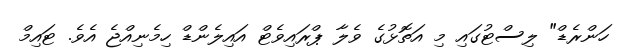
ހަންރެޑް" ލިސްޓުގައި މި އަތޮޅުގެ ވެލާ ޕްރައިވެޓް އައިލެންޑް ހިމެނިއްޖެ އެވެ. ޓައިމް